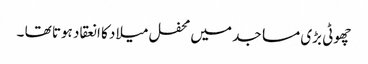
چھوٹی بڑی مساجد میں محفل میلاد کا انعقاد ہوتا تھا ۔